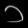
Digit: ၁